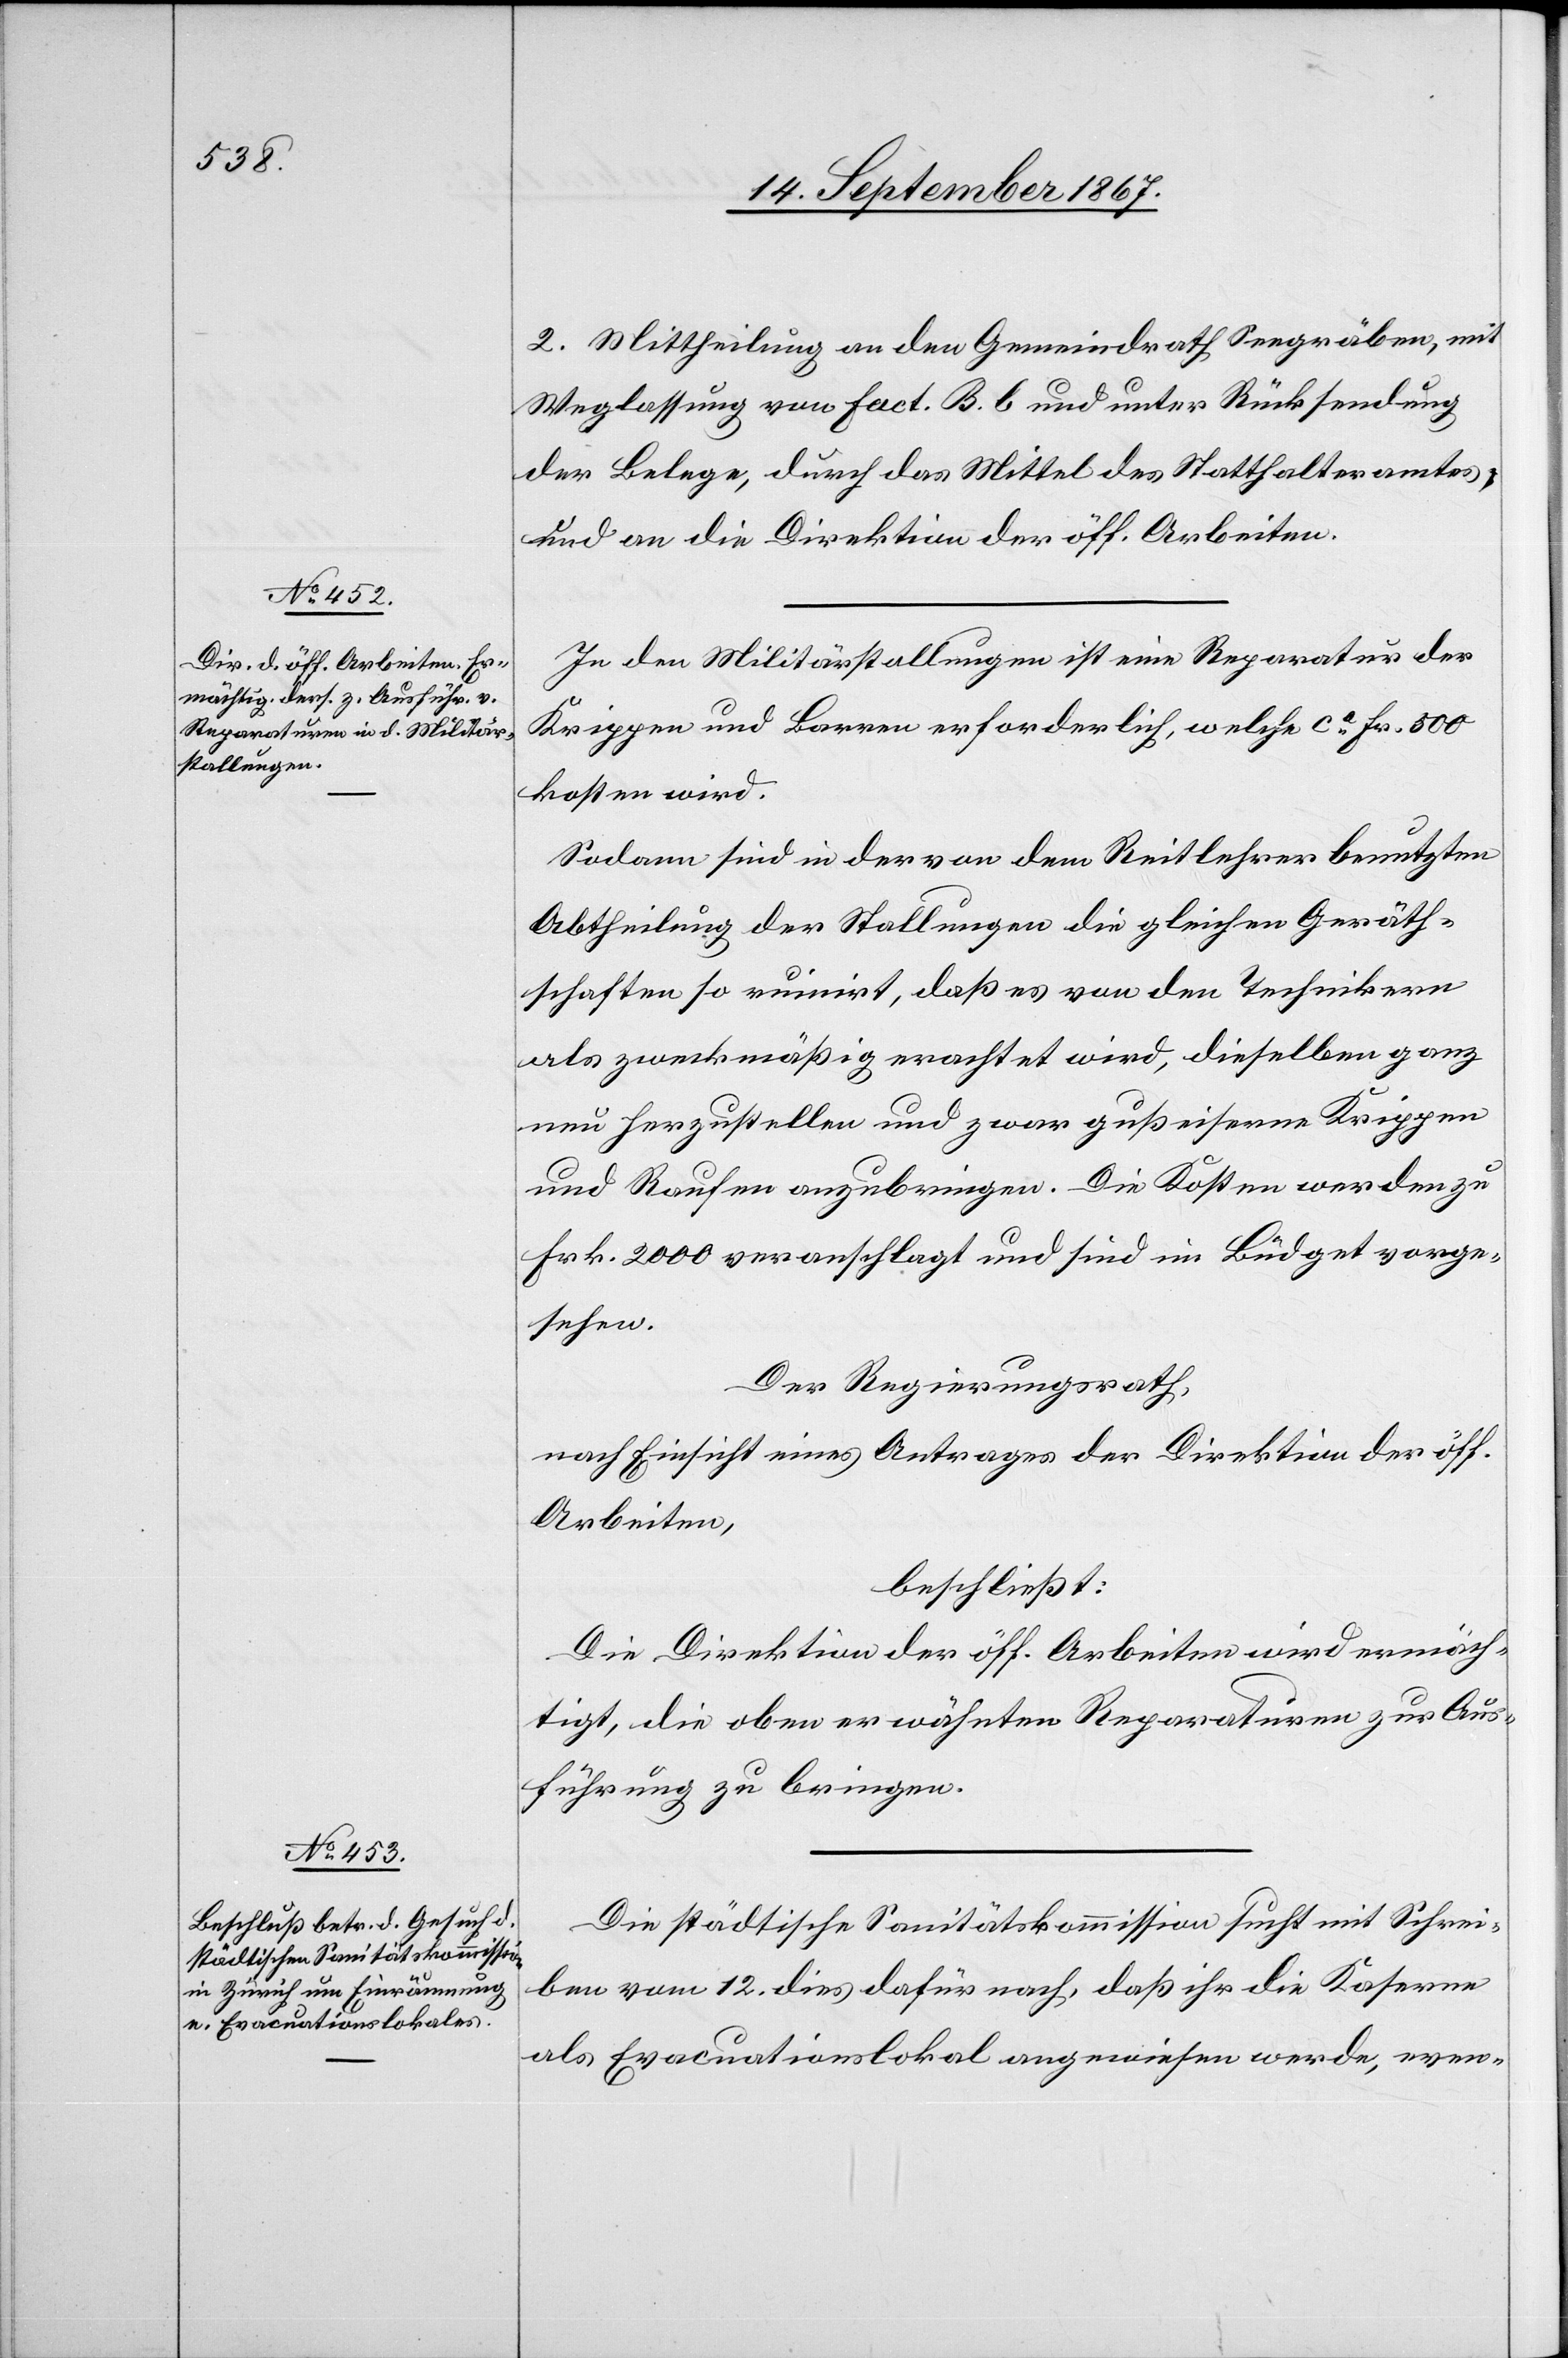
2. Mittheilung an den Gemeindrath Seegräben, mit
Weglassung von Fact. B b und unter Rücksendung
der Belege, durch das Mittel des Statthalteramtes
und an die Direktion der öff. Arbeiten.
In den Militärstallungen ist eine Reparatur der
Krippen und Barren erforderlich, welche ca. Fr. 800
kosten wird.
Sodann sind in der von dem Reitlehrer benutzten
Abtheilung der Stallungen die gleichen Geräth¬
schaften so ruinirt, daß es von den Technikern
als zweckmäßig erachtet wird, dieselben ganz
neu herzustellen und zwar gußeiserne Krippen
und Raufen anzubringen. Die Kosten werden zu
Frk. 2000 veranschlagt und sind im Büdget vorge¬
sehen.
Der Regierungsrath,
nach Einsicht eines Antrages der Direktion der öff.
Arbeiten,
beschließt:
Die Direktion der öff. Arbeiten wird ermäch¬
tigt, die oben erwähnten Reparaturen zur Aus¬
führung zu bringen.
Die städtische Sanitätskommission sucht mit Schrei¬
ben vom 12. dies dafür nach, daß ihr die Kaserne
als Evacuationslokal angewiesen werde, even-